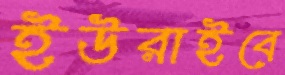
ইউরাইবে